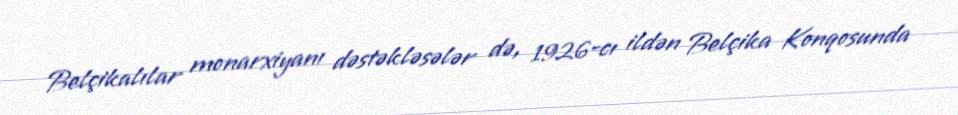
Belçikalılar monarxiyanı dəstəkləsələr də, 1926-cı ildən Belçika Konqosunda